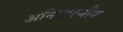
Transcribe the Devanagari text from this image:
अनिवारणीय